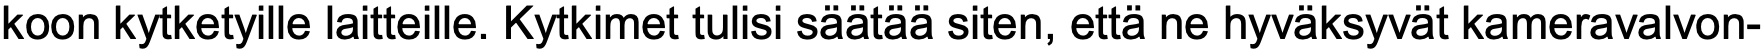
koon kytketyille laitteille. Kytkimet tulisi säätää siten, että ne hyväksyvät kameravalvon-